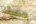
مضيئة